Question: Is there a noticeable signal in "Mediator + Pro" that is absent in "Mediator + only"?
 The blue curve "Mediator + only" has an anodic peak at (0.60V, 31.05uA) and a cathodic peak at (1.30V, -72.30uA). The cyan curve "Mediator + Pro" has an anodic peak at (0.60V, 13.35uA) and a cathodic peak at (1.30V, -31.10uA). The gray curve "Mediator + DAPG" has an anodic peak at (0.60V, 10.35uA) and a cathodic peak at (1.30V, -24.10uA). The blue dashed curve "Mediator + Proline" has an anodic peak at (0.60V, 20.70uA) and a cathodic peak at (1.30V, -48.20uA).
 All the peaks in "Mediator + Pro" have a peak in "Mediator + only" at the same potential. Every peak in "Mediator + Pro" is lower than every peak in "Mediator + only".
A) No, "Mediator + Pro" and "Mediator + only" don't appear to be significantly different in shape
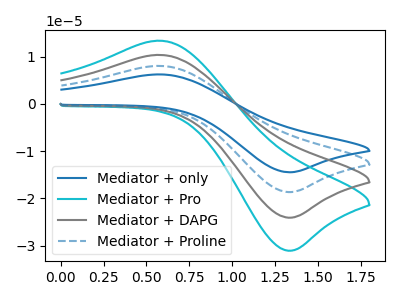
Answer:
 <answer>A) No, "Mediator + Pro" and "Mediator + only" don't appear to be significantly different in shape</answer>
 <eval>A</eval>